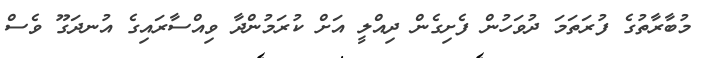
މުބާރާތުގެ ފުރަތަމަ ދުވަހުން ފެށިގެން ދިއްލީ އަށް ކުރަމުންދާ ވިއްސާރައިގެ އުނދަގޫ ވެސް